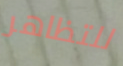
للتظاهر